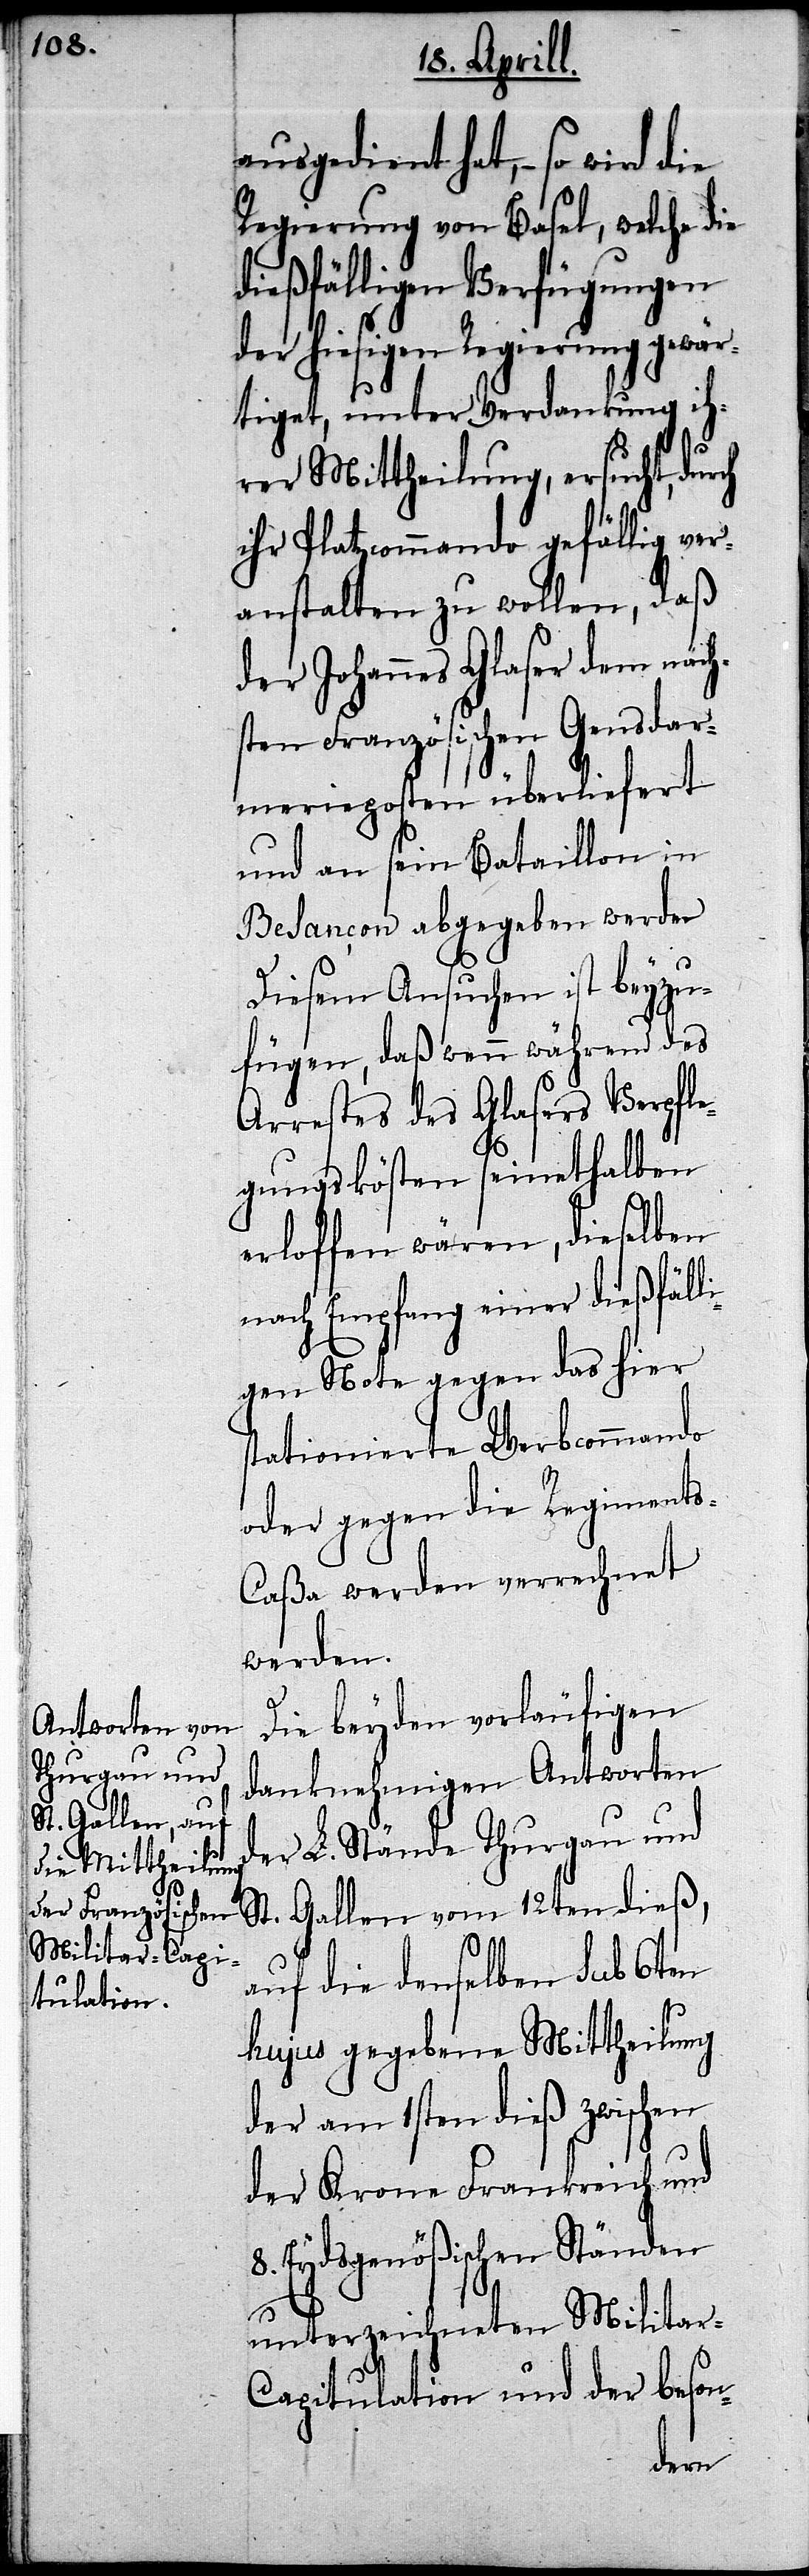
ausgedient hat,– so wird die
Regierung von Basel, welche die
dießfälligen Verfügungen
der hiesigen Regierung gewär¬
tigt, unter Verdankung ih¬
rer Mittheilung, ersucht, dur¬
ihr Platzcommando gefällig ver¬
anstalten zu wollen, daß
der Johannes Glaser dem näch¬
sten Französischen Gensdar¬
merieposten überliefert
und an sein Bataillon in
Besançon abgegeben werde.
Diesem Ansuchen ist beyzu¬
fügen, daß wenn während des
Arrestes des Glasers Verpfle¬
gungskösten seinethalben
erloffen wären, dieselben
nach Empfang einer dießfäll¬
igen Note gegen das hier
stationierte Werbcommando
oder gegen die Regiment¬
s-Caßa werden verrechnet
werden.
Die beyden vorläufigen
danknehmigen Antworten
der L. Stände Thurgau und
St. Gallen vom 12ten dieß,
auf die denselben sub 6ten
ch
hujus gegebene Mittheilung
der am 1sten dieß zwischen
der Krone Frankreich und
8. Eydsgenößischen Ständen
unterzeichneten Militar-C¬
apitulation und der beson-